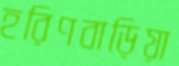
হরিণবাড়িয়া